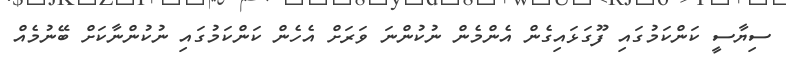
ސިޔާސީ ކަންކަމުގައި ފޫގަޅައިގެން އެންމެން ނުކުންނަ ވަރަށް އެހެން ކަންކަމުގައި ނުކުންނާކަށް ބޭނުމެއް